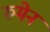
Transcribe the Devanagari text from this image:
रुमेन